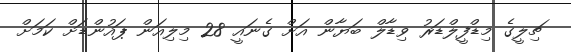
ޗިލީގެ މިޑްފީލްޑަރު ވިޑާލް ބަޔާން އަށް ގެނައީ 28 މިލިއަން ޕައުންޑަށް ކަމަށް